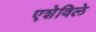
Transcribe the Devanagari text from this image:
एशेविले